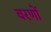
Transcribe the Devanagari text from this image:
वरणों